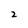
Character: 2